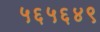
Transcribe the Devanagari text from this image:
५६५६४९